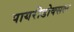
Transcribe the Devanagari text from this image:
पायरीडोक्सल